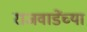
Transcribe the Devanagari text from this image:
राजवाडेंच्या